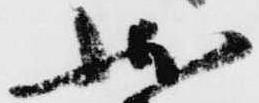
状